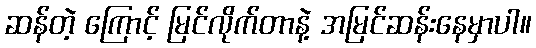
ဆန်တဲ့ ကြောင့် မြင်လိုက်တာနဲ့ အမြင်ဆန်းနေမှာပါ။